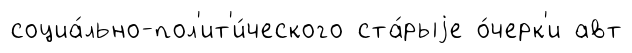
социа́льно-пол'ит'и́ческого ста́рыjе о́черк'и авт